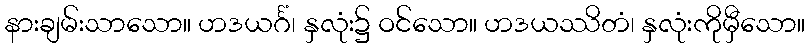
နားချမ်းသာသော။ ဟဒယင်္ဂံ၊ နှလုံး၌ ဝင်သော။ ဟဒယဿိတံ၊ နှလုံးကိုမှီသော။